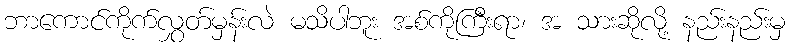
ဘာကောင်ကိုက်လွှတ်မှန်းလဲ မသိပါဘူး အစ်ကိုကြီးရာ၊ အ သားဆိုလို့ နည်းနည်းမှ